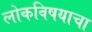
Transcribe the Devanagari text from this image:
लोकविषयाचा